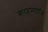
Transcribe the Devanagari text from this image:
शाहमर्दान